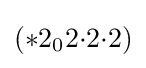
(*2_{0}2{\cdot }2{\cdot }2)